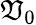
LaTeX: \mathfrak{V}_{0}